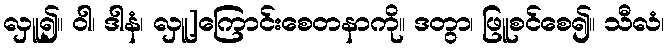
လှူ၍။ ဝါ၊ ဒါနံ၊ လှူ]ကြောင်းစေတနာကို။ ဒတွာ၊ ဖြူစင်စေ၍။ သီလံ၊